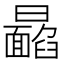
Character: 𩉉